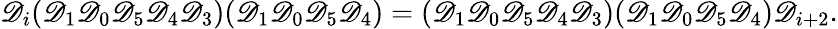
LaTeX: \mathscr D_{i}(\mathscr D_{1}\mathscr D_{0}\mathscr D_{5}\mathscr D_{4}\mathscr D_{3})(\mathscr D_{1}\mathscr D_{0}\mathscr D_{5}\mathscr D_{4})=(\mathscr D_{1}\mathscr D_{0}\mathscr D_{5}\mathscr D_{4}\mathscr D_{3})(\mathscr D_{1}\mathscr D_{0}\mathscr D_{5}\mathscr D_{4})\mathscr D_{i+2}.